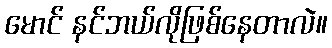
မောင် နင်ဘယ်လိုဖြစ်နေတာလဲ။